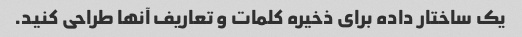
یک ساختار داده برای ذخیره کلمات و تعاریف آنها طراحی کنید.